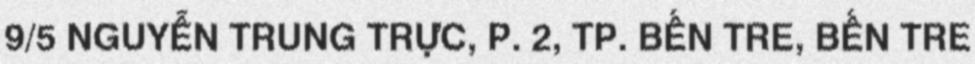
9/5 NGUYỄN TRUNG TRỰC, P. 2, TP. BẾN TRE, BẾN TRE